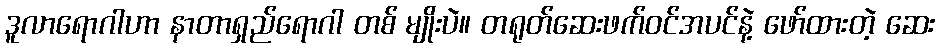
ဒူလာရောဂါဟာ နာတာရှည်ရောဂါ တစ် မျိုးပဲ။ တရုတ်ဆေးဖက်ဝင်အပင်နဲ့ ဖော်ထားတဲ့ ဆေး